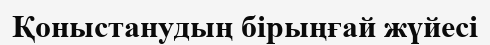
Қоныстанудың бірыңғай жүйесі